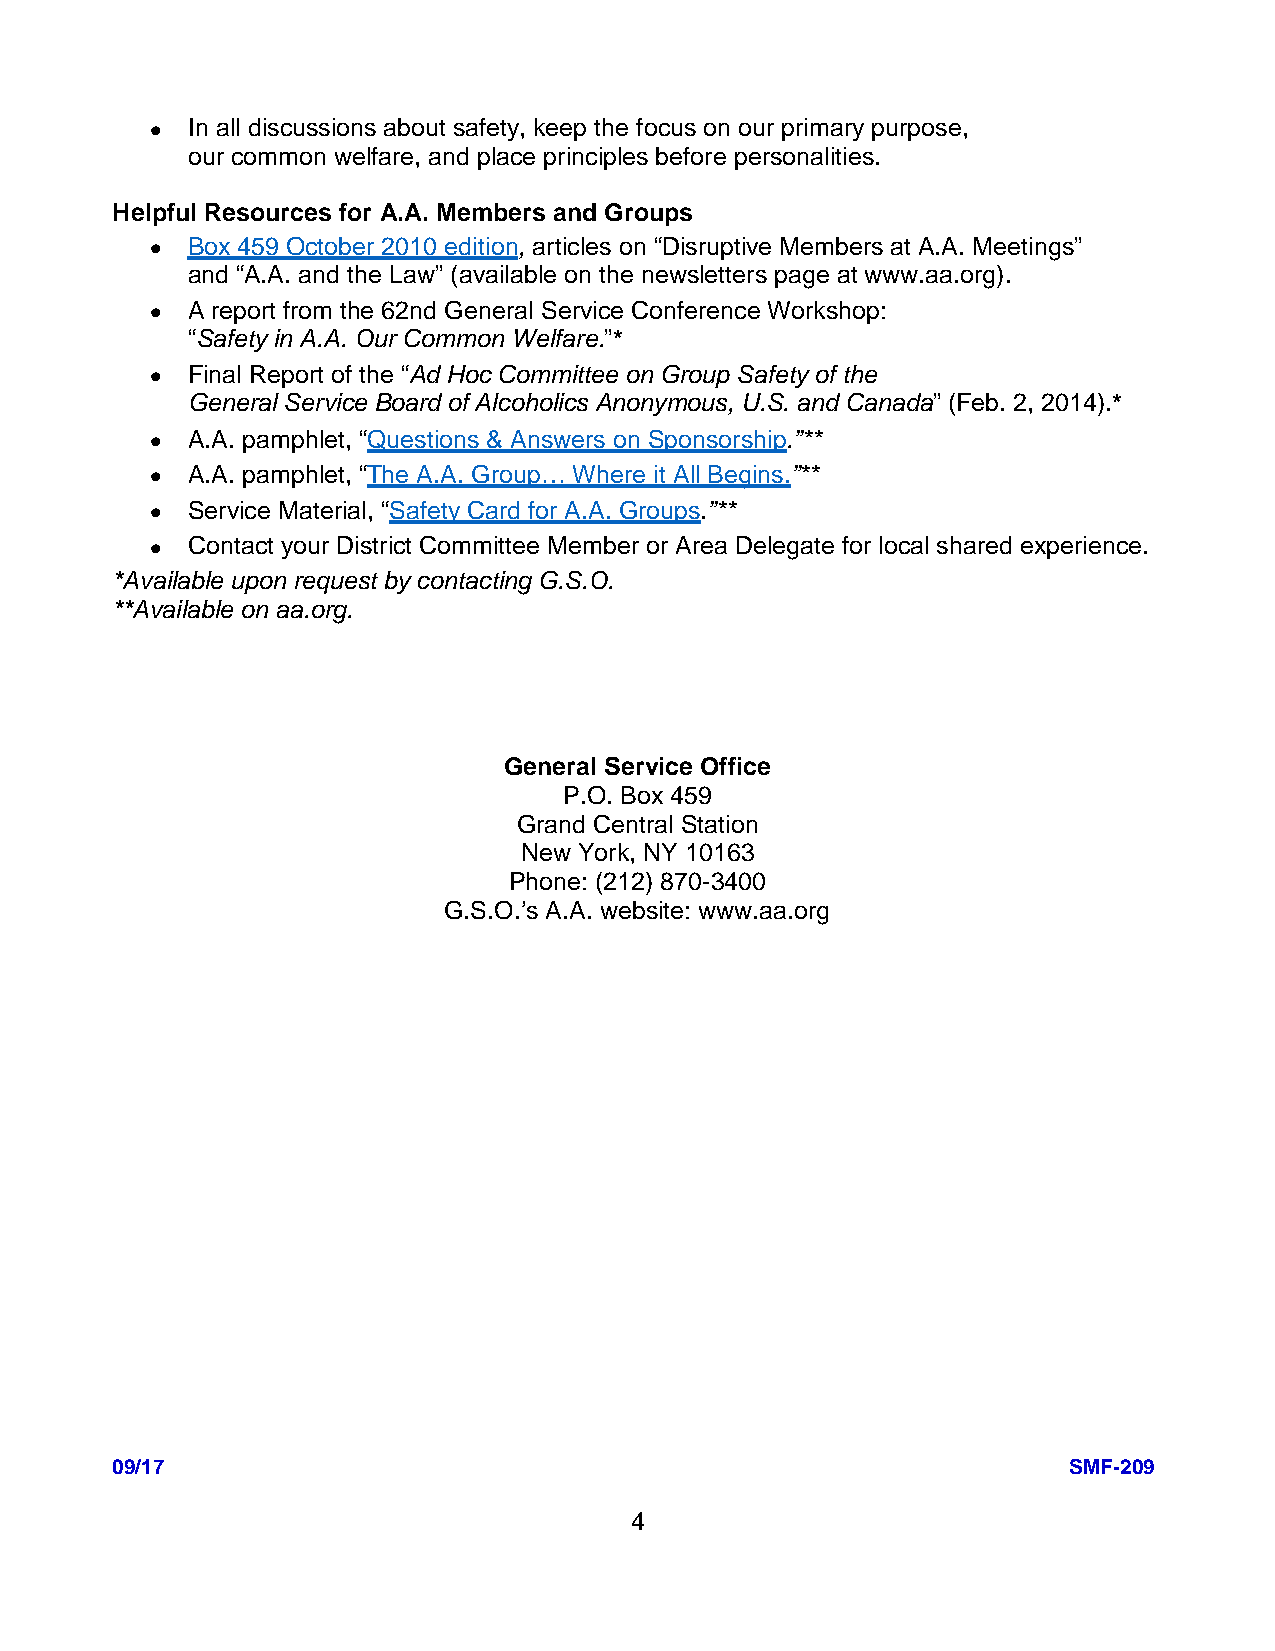
• In all discussions about safety, keep the focus on our primary purpose,
 our common welfare, and place principles before personalities.
 Helpful Resources for A.A. Members and Groups
 • Box 459 October 2010 edition, articles on “Disruptive Members at A.A. Meetings”
 and “A.A. and the Law” (available on the newsletters page at www.aa.org).
 • A report from the 62nd General Service Conference Workshop:
 “Safety in A.A. Our Common Welfare.”*
 • Final Report of the “Ad Hoc Committee on Group Safety of the
 General Service Board of Alcoholics Anonymous, U.S. and Canada” (Feb. 2, 2014).*
 • A.A. pamphlet, “Questions & Answers on Sponsorship.”**
 • A.A. pamphlet, “The A.A. Group… Where it All Begins.”**
 • Service Material, “Safety Card for A.A. Groups.”**
 • Contact your District Committee Member or Area Delegate for local shared experience.
 *Available upon request by contacting G.S.O.
 **Available on aa.org.
 General Service Office
 P.O. Box 459
 Grand Central Station
 New York, NY 10163
 Phone: (212) 870-3400
 G.S.O.’s A.A. website: www.aa.org
 09/17                                                           SMF-209
 4